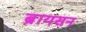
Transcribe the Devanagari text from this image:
ब्रायसन